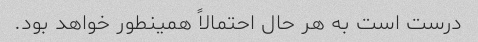
درست است به هر حال احتمالاً همینطور خواهد بود.